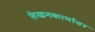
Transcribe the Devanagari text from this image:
लेखनकार्यावर